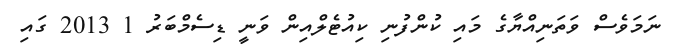
ނަމަވެސް ވަތަނިއްޔާގެ މައި ކުންފުނި ކިއުޓެލްއިން ވަނީ ޑިސެމްބަރު 1 2013 ގައި